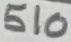
Text: 510